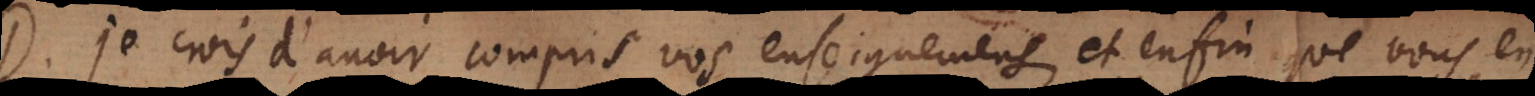
D. Je crois d’avoir compris vos enseignemens, et enfin que vous en